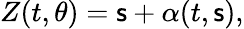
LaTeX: Z(t,\theta)=\mathsf{s}+\alpha(t,\mathsf{s}),